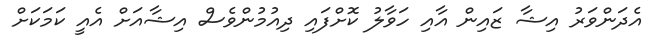
އެދަންވަރު އިޝާ ޒައިން އާއި ހަވާލު ކޮށްފައި ދިއުމުންވެސް އިޝާއަށް އެއީ ކަމަކަށް